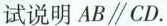
试说明AB\xlongequal CD.